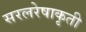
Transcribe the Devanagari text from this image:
सरलरेषाकृती